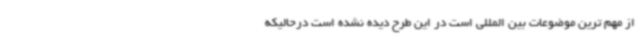
از مهم ترین موضوعات بین المللی است در این طرح دیده نشده است درحالیکه